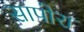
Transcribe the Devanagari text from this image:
सापोरा